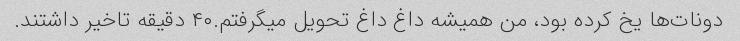
دونات‌ها یخ کرده بود، من همیشه داغ داغ تحویل میگرفتم.۴۰ دقیقه تاخیر داشتند.